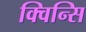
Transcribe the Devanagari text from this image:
क्विन्सि